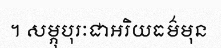
។ សម្ភុបុរៈជាអរិយធម៌មុន